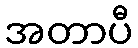
အတာပီ